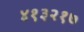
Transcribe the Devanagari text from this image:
४१३२१७